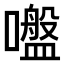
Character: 𡂑